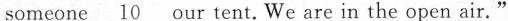
someone_ 10 our tent.We are in the open air."